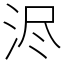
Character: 浕